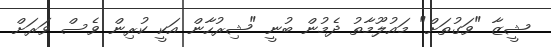
ޝީޒާ "ވަގުތަށް" މައުލޫމާތު ދެމުން ބުނީ "ޝިރުހާން އަކީ ކުރިން ވެސް ވަރަށް